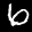
Label: 6